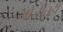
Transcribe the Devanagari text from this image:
मोजीतही